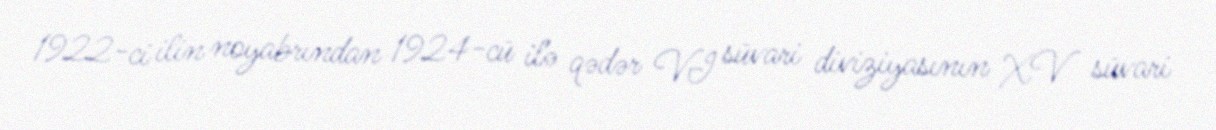
1922-ci ilin noyabrından 1924-cü ilə qədər VI süvari diviziyasının XV süvari